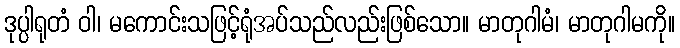
ဒုပ္ပါရုတံ ဝါ၊ မကောင်းသဖြင့်ရုံအပ်သည်လည်းဖြစ်သော။ မာတုဂါမံ၊ မာတုဂါမကို။